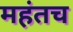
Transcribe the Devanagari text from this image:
महंतच